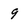
Character: 9